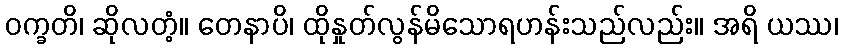
ဝက္ခတိ၊ ဆိုလတံ့။ တေနာပိ၊ ထိုနှုတ်လွန်မိသောရဟန်းသည်လည်း။ အရိ ယဿ၊